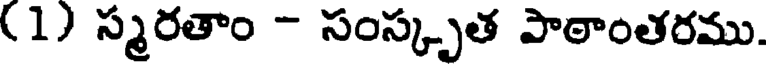
(1) స్మరతాం - సంస్కృత పాఠాంతరము.